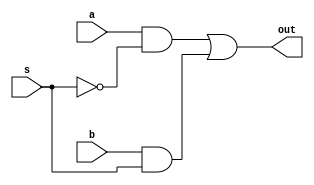
module mux2x1(output out,input a,b,s);
  
   wire and_1,and_2,s_c;

   not (s_c,s);
   and (and_1,a,s_c);
   and (and_2,b,s);
   or (out,and_1,and_2);

endmodule

module mux4x2x1_str(output out, input [3:0]A,input s0,s1);

  wire mux1, mux2;

   mux2x1 mux_1(mux1,A[1],A[0],s1);
   mux2x1 mux_2(mux2,A[3],A[2],s1);
   mux2x1 mux_3(out,mux1,mux2,s0);
   
endmodule